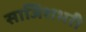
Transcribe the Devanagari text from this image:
साजिशभरी